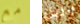
مع الليل